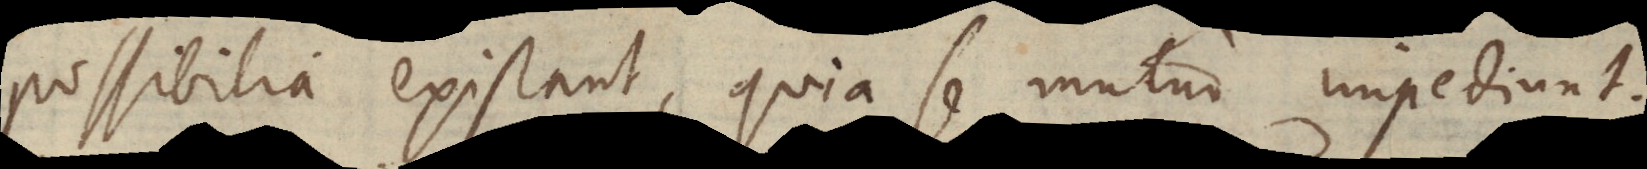
possibilia existant, quia se mutuo impediunt.